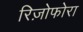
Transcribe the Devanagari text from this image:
रिज़ोफोरा